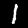
Digit: 1